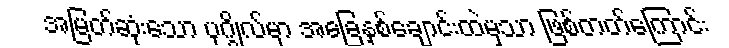
အမြတ်ဆုံးသော ပုဂ္ဂိုလ်မှာ အခြေနှစ်ချောင်းထဲမှသာ ဖြစ်တတ်ကြောင်း